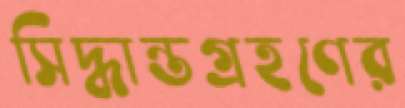
সিদ্ধান্তগ্রহণের